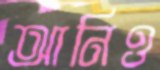
আনিও